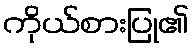
ကိုယ်စားပြု၏